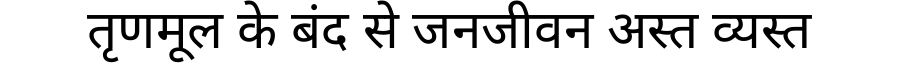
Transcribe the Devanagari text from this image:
तृणमूल के बंद से जनजीवन अस्त व्यस्त